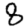
Digit: 8